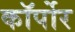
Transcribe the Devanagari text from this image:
कॉर्पोर